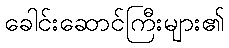
ခေါင်းဆောင်ကြီးများ၏